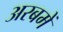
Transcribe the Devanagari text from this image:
अरबमें